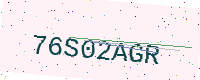
Text: 76S02AGR